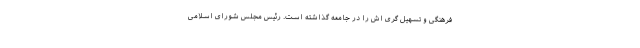
فرهنگی و تسهیل گری اش را در جامعه گذاشته است. رئیس مجلس شورای اسلامی